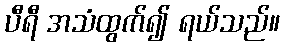
ပီရီ အသံထွက်၍ ရယ်သည်။